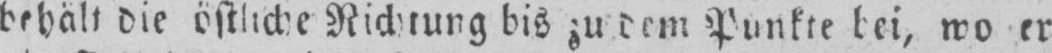
bis zu dem Punkte bei, wo er